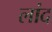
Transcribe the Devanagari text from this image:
लांद